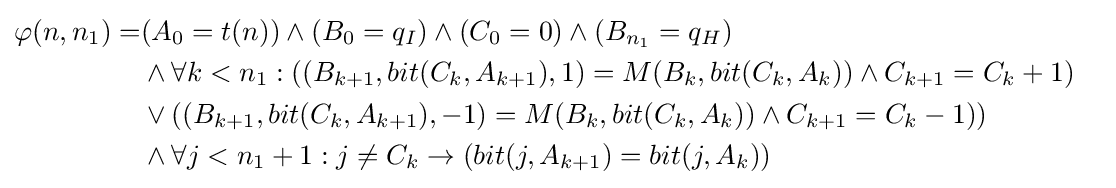
{\begin{aligned}\varphi (n,n_{1})=&(A_{0}=t(n))\land (B_{0}=q_{I})\land (C_{0}=0)\land (B_{n_{1}}=q_{H})\\&\land \forall k<n_{1}:((B_{k+1},bit(C_{k},A_{k+1}),1)=M(B_{k},bit(C_{k},A_{k}))\land C_{k+1}=C_{k}+1)&\\&\lor ((B_{k+1},bit(C_{k},A_{k+1}),-1)=M(B_{k},bit(C_{k},A_{k}))\land C_{k+1}=C_{k}-1))&\\&\land \forall j<n_{1}+1:j\neq C_{k}\rightarrow (bit(j,A_{k+1})=bit(j,A_{k}))&\end{aligned}}